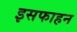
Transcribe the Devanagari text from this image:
इसफाहन